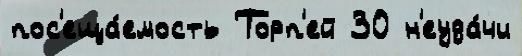
пос'еща́емость Торп'ей 30 н'еуда́чи